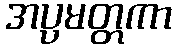
အပ္ပမတ္တကာ